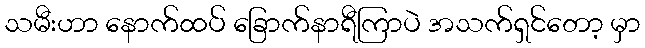
သမီးဟာ နောက်ထပ် ခြောက်နာရီကြာပဲ အသက်ရှင်တော့ မှာ